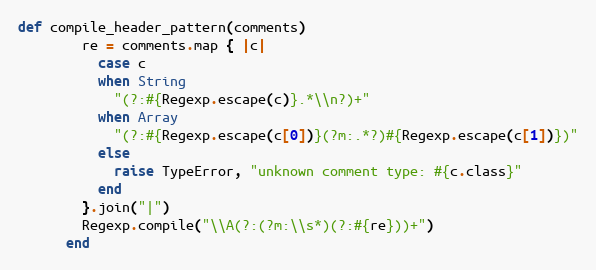
Language: Ruby
def compile_header_pattern(comments)
        re = comments.map { |c|
          case c
          when String
            "(?:#{Regexp.escape(c)}.*\\n?)+"
          when Array
            "(?:#{Regexp.escape(c[0])}(?m:.*?)#{Regexp.escape(c[1])})"
          else
            raise TypeError, "unknown comment type: #{c.class}"
          end
        }.join("|")
        Regexp.compile("\\A(?:(?m:\\s*)(?:#{re}))+")
      end